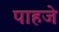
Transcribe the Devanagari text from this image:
पाहजे